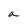
Character: a